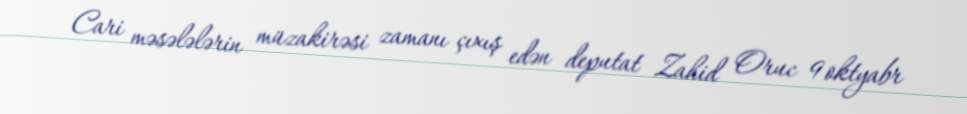
Cari məsələlərin müzakirəsi zamanı çıxış edən deputat Zahid Oruc 9 oktyabr